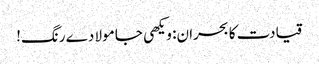
قیادت کا بحران: ویکھی جا مولا دے رنگ!